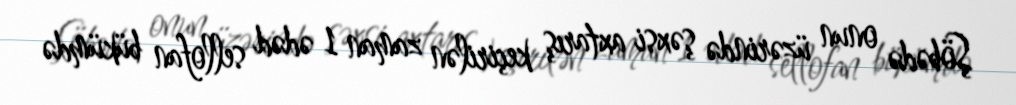
Şöbədə onun üzərində şəxsi axtarış keçirilən zaman 1 ədəd sellofan bükümdə